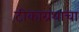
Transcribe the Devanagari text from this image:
टीकाग्रंथाचा